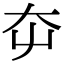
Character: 𡗡